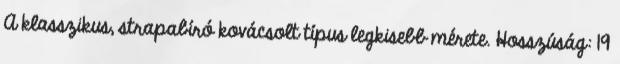
A klasszikus, strapabíró kovácsolt típus legkisebb mérete. Hosszúság: 19